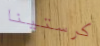
كرستينا